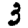
Digit: 3